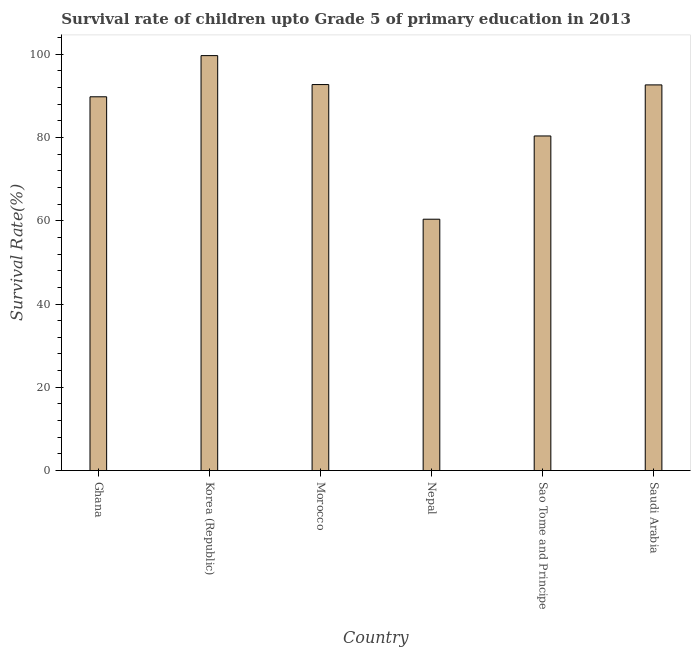
| Country | Survival rate |
 | --- | --- |
 | Ghana | 89.8 |
 | Korea (Republic) | 99.6 |
 | Morocco | 92.7 |
 | Nepal | 60.4 |
 | Sao Tome and Principe | 80.4 |
 | Saudi Arabia | 92.6 |